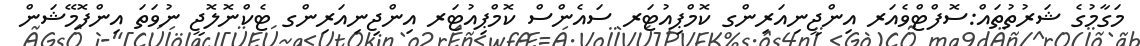
މަގާމުގެ ޝަރުތުތައް:ސޮފްޓްވެއަރ އިންޖީނިއަރިންގ ކޮމްޕިއުޓަރ ސައެންސް ކޮމްޕިއުޓަރ އިންޖިނިއަރިންގ ޓެކްނޮލޮޖީ ނުވަތަ އިންފޮމޭޝަން